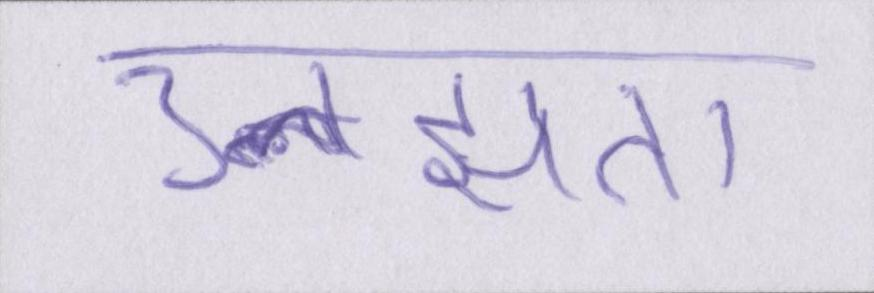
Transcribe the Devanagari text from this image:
उलझता